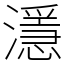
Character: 濦